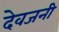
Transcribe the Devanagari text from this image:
देवजनी